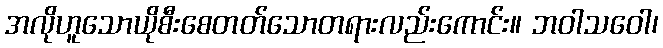
အလိုဟူသောယိုစီးစေတတ်သောတရားလည်းကောင်း။ ဘဝါသဝေါ၊